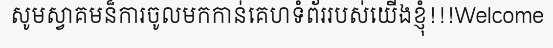
សូមស្វាគមន៏ការចូលមកកាន់គេហទំព័ររបស់យើងខ្ញុំ!!!Welcome